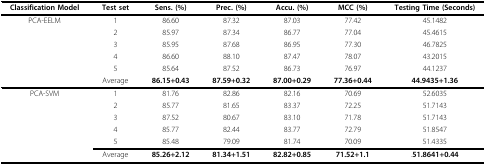
<table><thead><tr><td><b>Classification Model</b></td><td><b>Test set</b></td><td><b>Sens. (%)</b></td><td><b>Prec. (%)</b></td><td><b>Accu. (%)</b></td><td><b>MCC (%)</b></td><td><b>Testing Time (Seconds)</b></td></tr></thead><tbody><tr><td>PCA-EELM</td><td>1</td><td>86.60</td><td>87.32</td><td>87.03</td><td>77.42</td><td>45.1482</td></tr><tr><td></td><td>2</td><td>85.97</td><td>87.34</td><td>86.77</td><td>77.04</td><td>45.4615</td></tr><tr><td></td><td>3</td><td>85.95</td><td>87.68</td><td>86.95</td><td>77.30</td><td>46.7825</td></tr><tr><td></td><td>4</td><td>86.60</td><td>88.10</td><td>87.47</td><td>78.07</td><td>43.2015</td></tr><tr><td></td><td>5</td><td>85.64</td><td>87.52</td><td>86.73</td><td>76.97</td><td>44.1237</td></tr><tr><td></td><td>Average</td><td><b>86.15+0.43</b></td><td><b>87.59+0.32</b></td><td><b>87.00+0.29</b></td><td><b>77.36+0.44</b></td><td><b>44.9435+1.36</b></td></tr><tr><td>PCA-SVM</td><td>1</td><td>81.76</td><td>82.86</td><td>82.16</td><td>70.69</td><td>52.6035</td></tr><tr><td></td><td>2</td><td>85.77</td><td>81.65</td><td>83.37</td><td>72.25</td><td>51.7143</td></tr><tr><td></td><td>3</td><td>87.52</td><td>80.67</td><td>83.10</td><td>71.78</td><td>51.7143</td></tr><tr><td></td><td>4</td><td>85.77</td><td>82.44</td><td>83.77</td><td>72.79</td><td>51.8547</td></tr><tr><td></td><td>5</td><td>85.48</td><td>79.09</td><td>81.74</td><td>70.09</td><td>51.4335</td></tr><tr><td></td><td>Average</td><td><b>85.26+2.12</b></td><td><b>81.34+1.51</b></td><td><b>82.82+0.85</b></td><td><b>71.52+1.1</b></td><td>.<b>51.8641+0.44</b></td></tr></tbody></table>